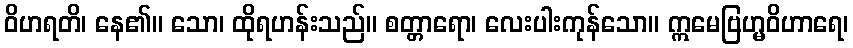
ဝိဟရတိ၊ နေ၏။ သော၊ ထိုရဟန်းသည်။ စတ္တာရော၊ လေးပါးကုန်သော။ ဣမေဗြဟ္မဝိဟာရေ၊